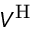
V ^ { \operatorname { H } }